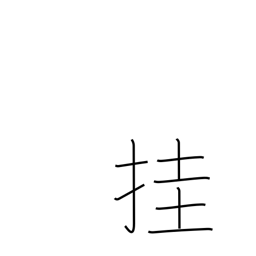
Meaning: hang